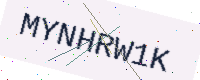
Text: MYNHRW1K